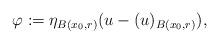
LaTeX: \begin{align*} \varphi := \eta_{B(x_0,r)} (u-(u)_{B(x_0,r)}),\end{align*}